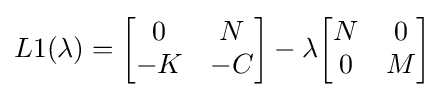
L1(\lambda )={\begin{bmatrix}0&N\\-K&-C\end{bmatrix}}-\lambda {\begin{bmatrix}N&0\\0&M\end{bmatrix}}